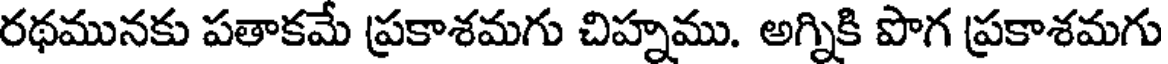
రథమునకు పతాకమే ప్రకాశమగు చిహ్నము. అగ్నికి పొగ ప్రకాశమగు